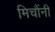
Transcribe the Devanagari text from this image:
मिचौंनी